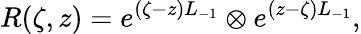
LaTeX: R(\zeta,z)=e^{(\zeta-z)L_{-1}}\otimes e^{(z-\zeta)L_{-1}},